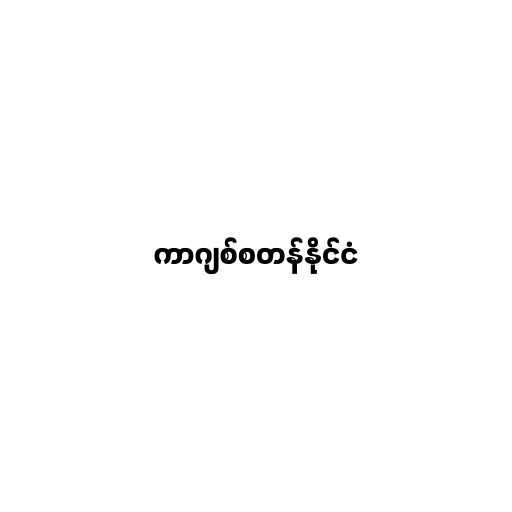
ကာဂျစ်စတန်နိုင်ငံ